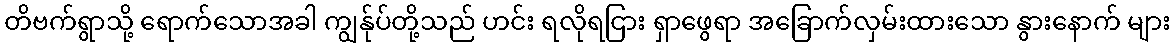
တိဗက်ရွာသို့ ရောက်သောအခါ ကျွန်ုပ်တို့သည် ဟင်း ရလိုရငြား ရှာဖွေရာ အခြောက်လှမ်းထားသော နွားနောက် များ